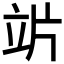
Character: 𥩜